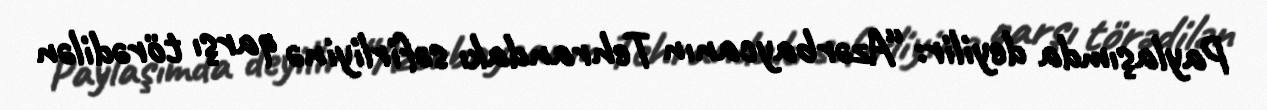
Paylaşımda deyilir: “Azərbaycanın Tehrandakı səfirliyinə qarşı törədilən